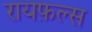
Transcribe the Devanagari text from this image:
रायफ़ल्स